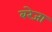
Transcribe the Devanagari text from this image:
बरेजा